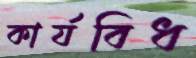
কার্যবিধ